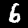
Digit: 6